system: You are a helpful assistant.
user:
Analyze the provided spectrum to determine if it is a **"Cataclysmic Variables (CV)"**.

- **Key Indicators for CV (Check for either state):**
    - **State 1: Quiescent / Low-State (Emission-Dominated)**
        - **(Primary):** Strong and *very broad* Hydrogen Balmer emission lines (e.g., $H\alpha$ at 6563 Å, $H\beta$ at 4861 Å). The 'broadness' (high velocity dispersion, often FWHM > 1000 km/s) is the key diagnostic, indicating a high-velocity accretion disk.
        - **(Secondary):** Broad neutral Helium (He I) emission lines (e.g., 5876 Å, 6678 Å).
        - **(Key Confirmation):** Presence of high-excitation *ionized* Helium (He II) emission at 4686 Å. This is a strong indicator of accretion onto a white dwarf.
        - **(Line Profile):** Emission lines may exhibit a 'double-peaked' profile, which is a classic signature of a rotating accretion disk viewed at high inclination.

    - **State 2: Outburst / High-State (Absorption-Dominated)**
        - **(Primary):** Spectrum is dominated by a bright, blue continuum (looks like a hot star).
        - **(Secondary):** The emission lines from State 1 are weak, absent, or 'filled in', and are replaced by broad, shallow *absorption* lines (primarily Balmer and He I).
        - **(Morphology):** The overall spectrum mimics a hot B/A-type star. The crucial difference is that the absorption lines are significantly broader, shallower, and more 'washed-out' (or 'smeared') than the sharp lines of a normal stellar photosphere, due to high rotational speeds and pressure broadening in the disk.

Think first, call **spectral_visualization_tool** if needed to examine features in detail, then provide your final answer. Your response must adhere to the following strict rules:
1.  **Overall Structure:** Your response must follow the format `<think>...</think> <tool_call>...</tool_call> (if a tool is used) <answer>...</answer>`.
2.  **Tool Usage Constraint:** You may only make **one** tool call per turn.
3.  **Final Answer Format:** In the `<answer>` tag, your conclusion must be inside a `\boxed{}` command (e.g., `\boxed{YES}`), followed by your justification.

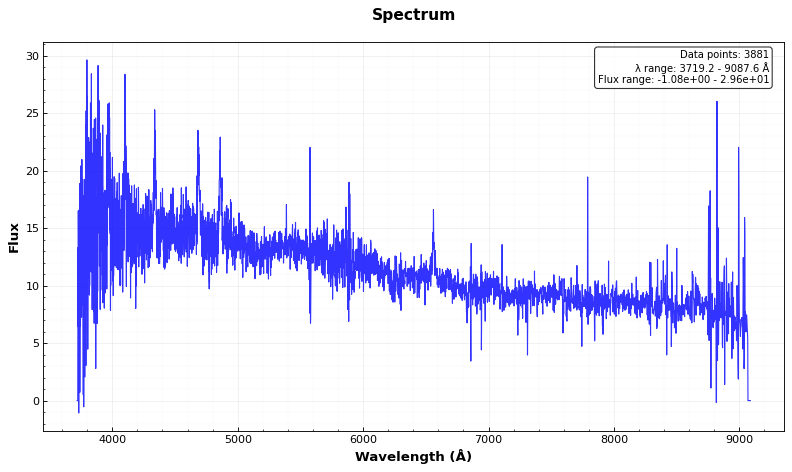
Answer: YES